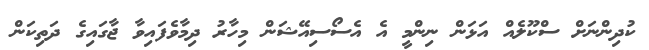
ކުދިންނަށް ސްކޫލެއް އަޅަން ނިންމީ އެ އެސޯސިއޭޝަން މިހާރު ދިމާވެފައިވާ ޖާގައިގެ ދަތިކަން